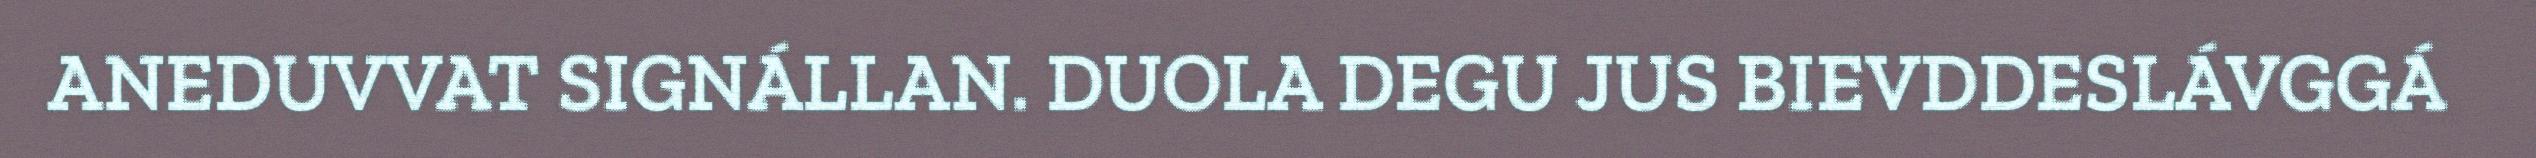
ANEDUVVAT SIGNÁLLAN. DUOLA DEGU JUS BIEVDDESLÁVGGÁ